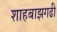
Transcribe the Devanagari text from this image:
शाहबाझगढी